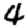
Digit: 4